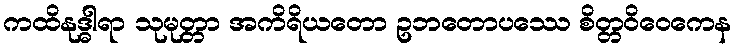
ကထိနုဒ္ဓါရာ သုမုတ္တာ အကိရိယတော ဥဘတောပဿေ စိတ္တဝိဝေကေန